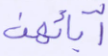
آبائهن